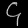
Digit: ၄